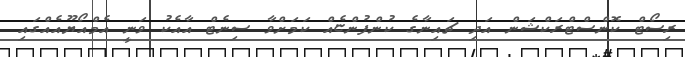
ރިސޯޓް ކޮންސްޓްރަކްޝަން އަދި ޗައިނާގެ ކުންފުންޏެއް ކަމަށްވާ ސިނެޓް އާއެކު ވަނީ އެމްއޯޔޫއެއްގައި